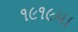
૧૯૧૯મા